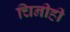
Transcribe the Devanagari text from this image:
चिनीही